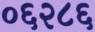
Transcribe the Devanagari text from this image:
०६२८६